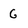
Character: 6